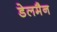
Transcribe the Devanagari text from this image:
डेलमैन